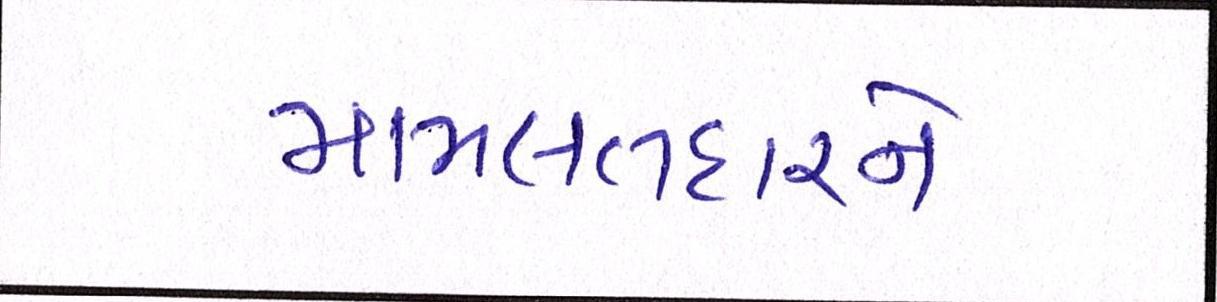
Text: મામલતદારને